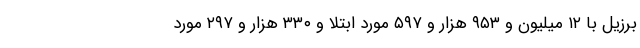
برزیل با ۱۲ میلیون و ۹۵۳ هزار و ۵۹۷ مورد ابتلا و ۳۳۰ هزار و ۲۹۷ مورد